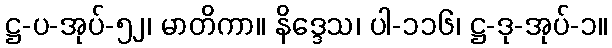
ဋ္ဌ-ပ-အုပ်-၅၂၊ မာတိကာ။ နိဒ္ဒေသ၊ ပါ-၁၁၆၊ ဋ္ဌ-ဒု-အုပ်-၁။